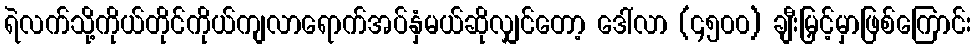
ရဲလက်သို့ကိုယ်တိုင်ကိုယ်ကျလာရောက်အပ်နှံမယ်ဆိုလျှင်တော့ ဒေါ်လာ (၄၅၀၀) ချီးမြှင့်မှာဖြစ်ကြောင်း